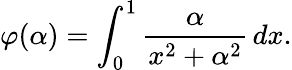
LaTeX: \varphi(\alpha)=\int_{0}^{1}{\frac{\alpha}{x^{2}+\alpha^{2}}}\, dx.